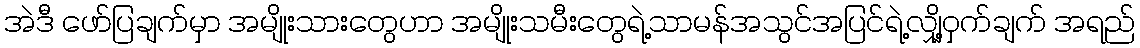
အဲဒီ ဖော်ပြချက်မှာ အမျိုးသားတွေဟာ အမျိုးသမီးတွေရဲ့သာမန်အသွင်အပြင်ရဲ့လျှို့ဝှက်ချက် အရည်